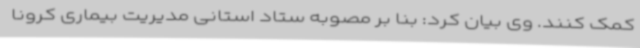
کمک کنند. وی بیان کرد: بنا بر مصوبه ستاد استانی مدیریت بیماری کرونا